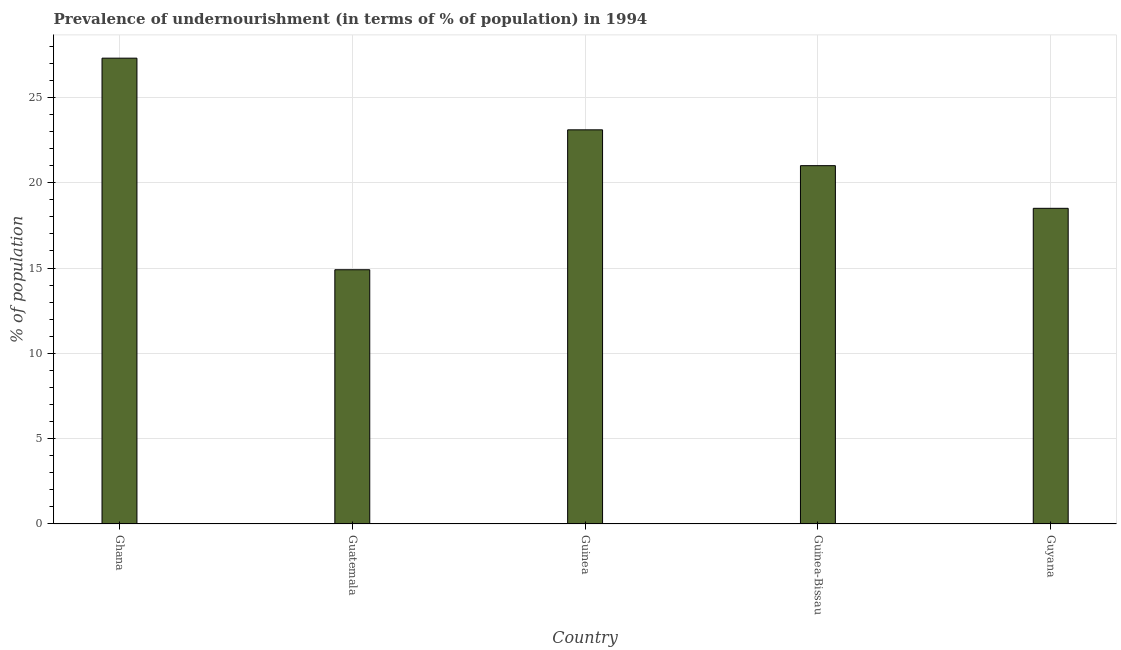
| Country | Prevalence of undernourishment |
 | --- | --- |
 | Ghana | 27.3 |
 | Guatemala | 14.9 |
 | Guinea | 23.1 |
 | Guinea-Bissau | 21 |
 | Guyana | 18.5 |